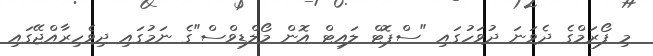
މި ފޯރަމްގެ ދެވަނަ ދުވަހުގައި "ސްޕޮޓް ލައިޓް އޮން މޯލްޑިވްސް"ގެ ނަމުގައި ދިވެހިރާއްޖޭގައި